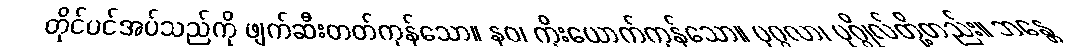
တိုင်ပင်အပ်သည်ကို ဖျက်ဆီးတတ်ကုန်သော။ နဝ၊ ကိုးယောက်ကုန်သော။ ပုဂ္ဂလာ၊ ပုဂ္ဂိုလ်တို့တည်း။ ဘန္တေ